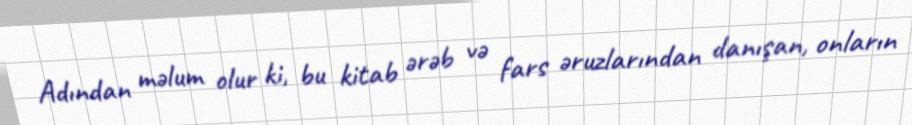
Adından məlum olur ki, bu kitab ərəb və fars əruzlarından danışan, onların